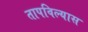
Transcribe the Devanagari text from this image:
तापविल्यास